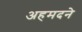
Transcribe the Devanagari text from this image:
अहमदने